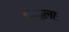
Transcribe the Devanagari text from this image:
गोकुलाः